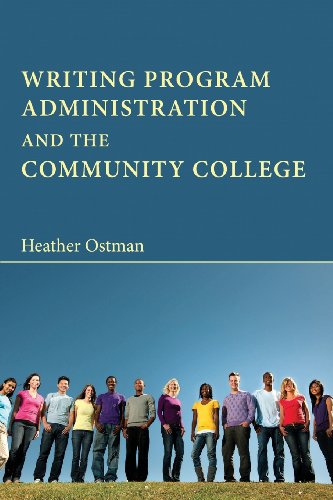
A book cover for Writing Program Administration and the Community College; Heather Ostman; Education & Teaching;